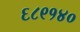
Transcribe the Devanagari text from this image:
६८९१४०